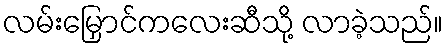
လမ်းမြှောင်ကလေးဆီသို့ လာခဲ့သည်။